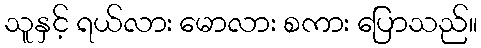
သူနှင့် ရယ်လား မောလား စကား ပြောသည်။